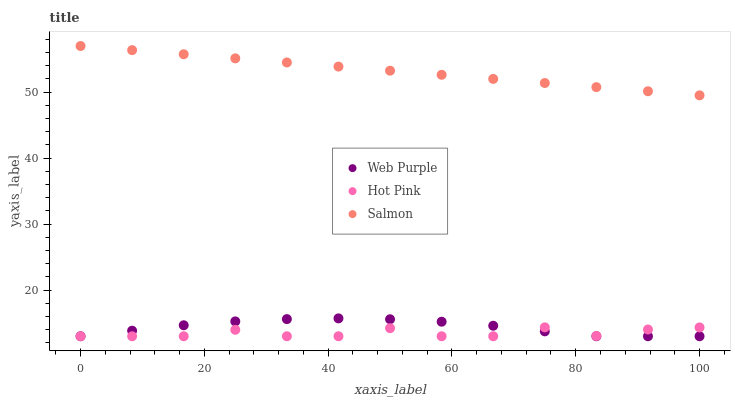
| xaxis_label | Web Purple | Hot Pink | Salmon |
 | --- | --- | --- | --- |
 | 0 | 13 | 13 | 57 |
 | 8.33 | 13.8 | 13 | 56.4 |
 | 16.7 | 14.7 | 13 | 55.8 |
 | 25 | 15.3 | 14 | 55.1 |
 | 33.3 | 15.6 | 13 | 54.5 |
 | 41.7 | 15.7 | 13 | 53.9 |
 | 50 | 15.6 | 14.2 | 53.3 |
 | 58.3 | 15.2 | 13 | 52.6 |
 | 66.7 | 14.6 | 13 | 52 |
 | 75 | 13.7 | 14.3 | 51.4 |
 | 83.3 | 13 | 13 | 50.8 |
 | 91.7 | 13 | 14 | 50.1 |
 | 100 | 13 | 14.3 | 49.5 |